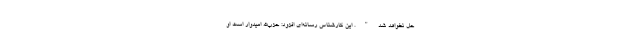
حل نخواهد شد". این کارشناس رسانه‌ای افزود: حزب‌الله امیدوار است او